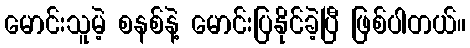
မောင်းသူမဲ့ စနစ်နဲ့ မောင်းပြနိုင်ခဲ့ပြီ ဖြစ်ပါတယ်။